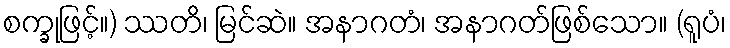
စက္ခုဖြင့်။) ဿတိ၊ မြင်ဆဲ။ အနာဂတံ၊ အနာဂတ်ဖြစ်သော။ (ရူပံ၊